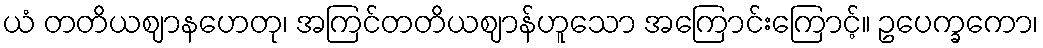
ယံ တတိယဈာနဟေတု၊ အကြင်တတိယဈာန်ဟူသော အကြောင်းကြောင့်။ ဥပေက္ခကော၊